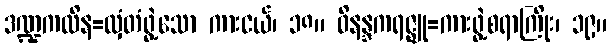
ဒဏ္ဍကထိန=လှံတံဖွဲ့သော ကားငယ်၊ ၁၈။ ဝိနန္ဒကရဇ္ဈု=ကားဖွဲ့စရာကြိုး၊ ၁၉။